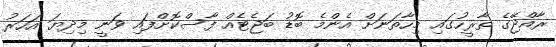
ރާއްޖޭގެ ތާރީހުގައި މިހާތަނަށް އެންމެ ބޮޑު ބަޖެޓެއް ފާސްކޮށްފައި ވަނީ މިދިޔަ އަހަރު